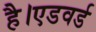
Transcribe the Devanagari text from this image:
है।एडवर्ड